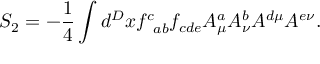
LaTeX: S _ { 2 } = - \frac { 1 } { 4 } \int d ^ { D } x f _ { \; \; a b } ^ { c } f _ { c d e } A _ { \mu } ^ { a } A _ { \nu } ^ { b } A ^ { d \mu } A ^ { e \nu } .